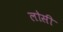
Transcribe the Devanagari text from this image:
लोसी